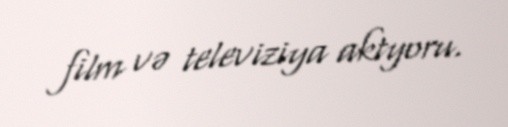
film və televiziya aktyoru.